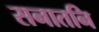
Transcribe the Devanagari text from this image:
सनातनि